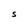
Character: S